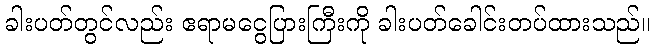
ခါးပတ်တွင်လည်း ဧရာမငွေပြားကြီးကို ခါးပတ်ခေါင်းတပ်ထားသည်။